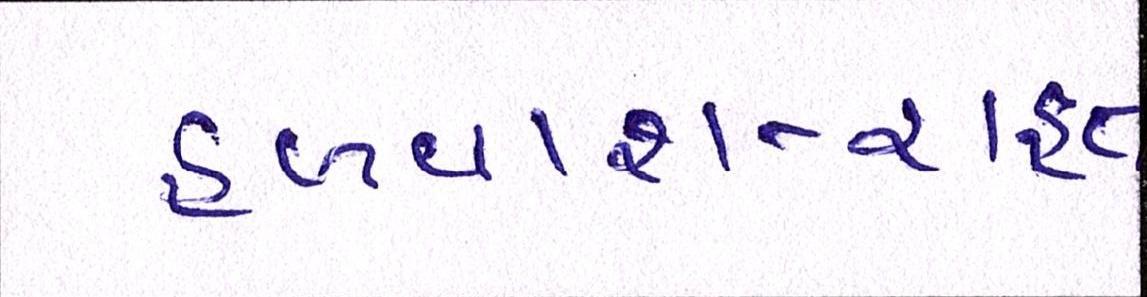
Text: હળવાશ-રાહત